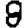
Digit: 8